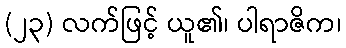
(၂၃) လက်ဖြင့် ယူ၏၊ ပါရာဇိက၊